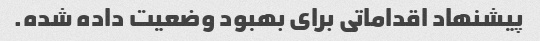
پیشنهاد اقداماتی برای بهبود وضعیت داده شده.